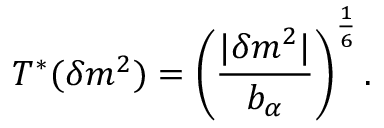
T ^ { * } ( \delta m ^ { 2 } ) = \left( { \frac { | \delta m ^ { 2 } | } { b _ { \alpha } } } \right) ^ { \frac { 1 } { 6 } } .